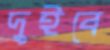
দুইবে